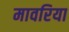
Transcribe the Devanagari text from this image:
मावरिया